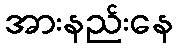
အားနည်းနေ